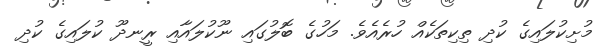
މުށިކުލައިގެ ކުދި ތިކިތަކެއް ހުރެއެވެ. މަހުގެ ބޮލުގައި ނޫކުލައާއި ރީނދޫ ކުލައިގެ ކުދި